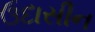
ઉદાસીન